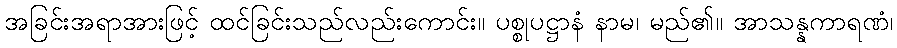
အခြင်းအရာအားဖြင့် ထင်ခြင်းသည်လည်းကောင်း။ ပစ္စုပဋ္ဌာနံ နာမ၊ မည်၏။ အာသန္နကာရဏံ၊